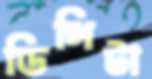
ডিঙ্গিটা